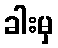
ခါးမှ